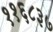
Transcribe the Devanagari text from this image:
११६८३७